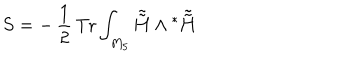
S = - \, \frac { 1 } { 2 } \, \mathrm { T r } \int _ { M _ { 5 } } \tilde { \tilde { \bf H } } \wedge { ^ \ast \tilde { \tilde { \bf H } } }